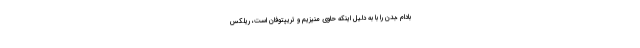
بادام ،بدن را با به دلیل اینکه حاوی منیزیم و تریپتوفان است، ریلکس